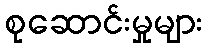
စုဆောင်းမှုများ